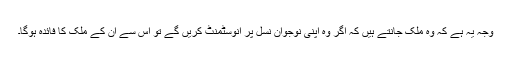
وجہ یہ ہے کہ وہ ملک جانتے ہیں کہ اگر وہ اپنی نوجوان نسل پر انوسٹمنٹ کریں گے تو اس سے ان کے ملک کا فائدہ ہوگا۔